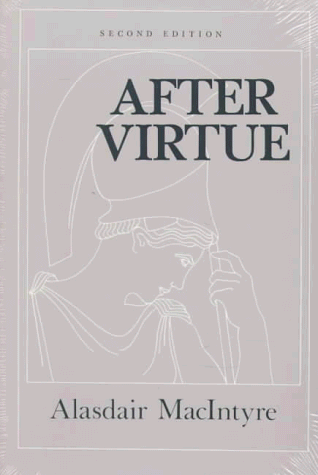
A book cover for After Virtue: A Study in Moral Theory, Second Edition; Alasdair MacIntyre; Politics & Social Sciences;